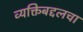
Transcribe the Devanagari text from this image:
व्यक्तिबद्दलचा